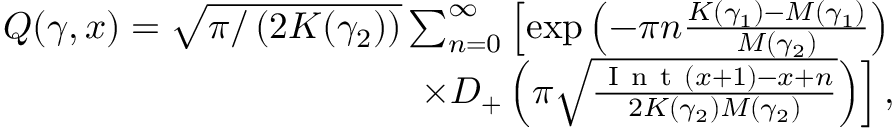
\begin{array} { r } { \lefteqn { } Q ( \gamma , x ) = \sqrt { \pi / \left( 2 K ( \gamma _ { 2 } ) \right) } \sum _ { n = 0 } ^ { \infty } \left[ \exp \left( - \pi { n } \frac { K ( \gamma _ { 1 } ) - M ( \gamma _ { 1 } ) } { M ( \gamma _ { 2 } ) } \right) \right. } \\ { \left. \times D _ { + } \left( \pi \sqrt { \frac { \mathrm { ~ I ~ n ~ t ~ } ( x + 1 ) - x + n } { 2 K ( \gamma _ { 2 } ) M ( \gamma _ { 2 } ) } } \right) \right] , } \end{array}